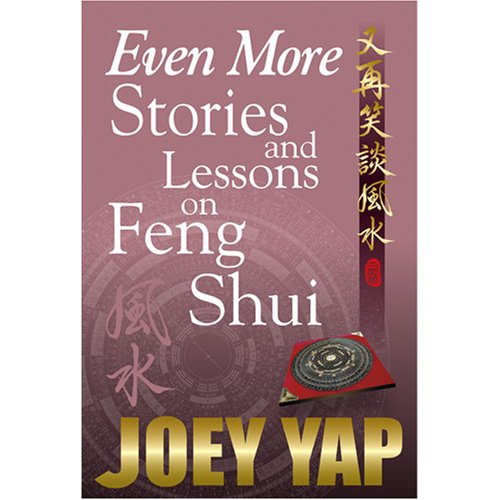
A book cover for Even More Stories and Lessons on Feng Shui - Part III of a collection of Essays, Articles and Tutorials on Feng Shui; Joey Yap; Religion & Spirituality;